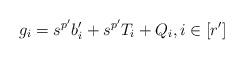
LaTeX: \begin{align*}g_i=s^{p'}b'_i+s^{p'}T_i+Q_i, i\in [r'] \end{align*}